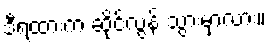
ဒီရထားက ဆိုင်လွန် သွားမှာလား။